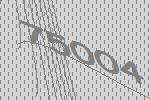
75004